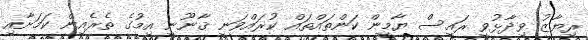
ރިޔާޒު ވިދާޅުވީ ރައީސް ޔާމީން ކަންތައްތައް ކުރައްވަނީ ޤާނޫނީ އިމުގެ ތެރެއިން ކަމަށާއި